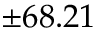
\pm 6 8 . 2 1 \